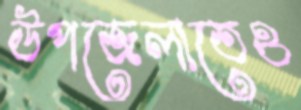
উপজেলাতেও